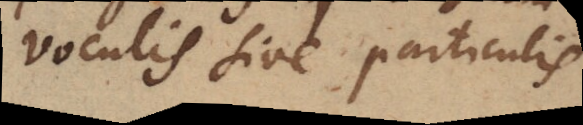
voculis sive particulis